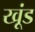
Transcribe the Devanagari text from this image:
खूंड